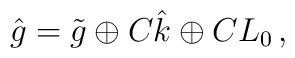
\hat{g}=\tilde{g}\oplus C\hat{k}\oplus C L_{0}\,,